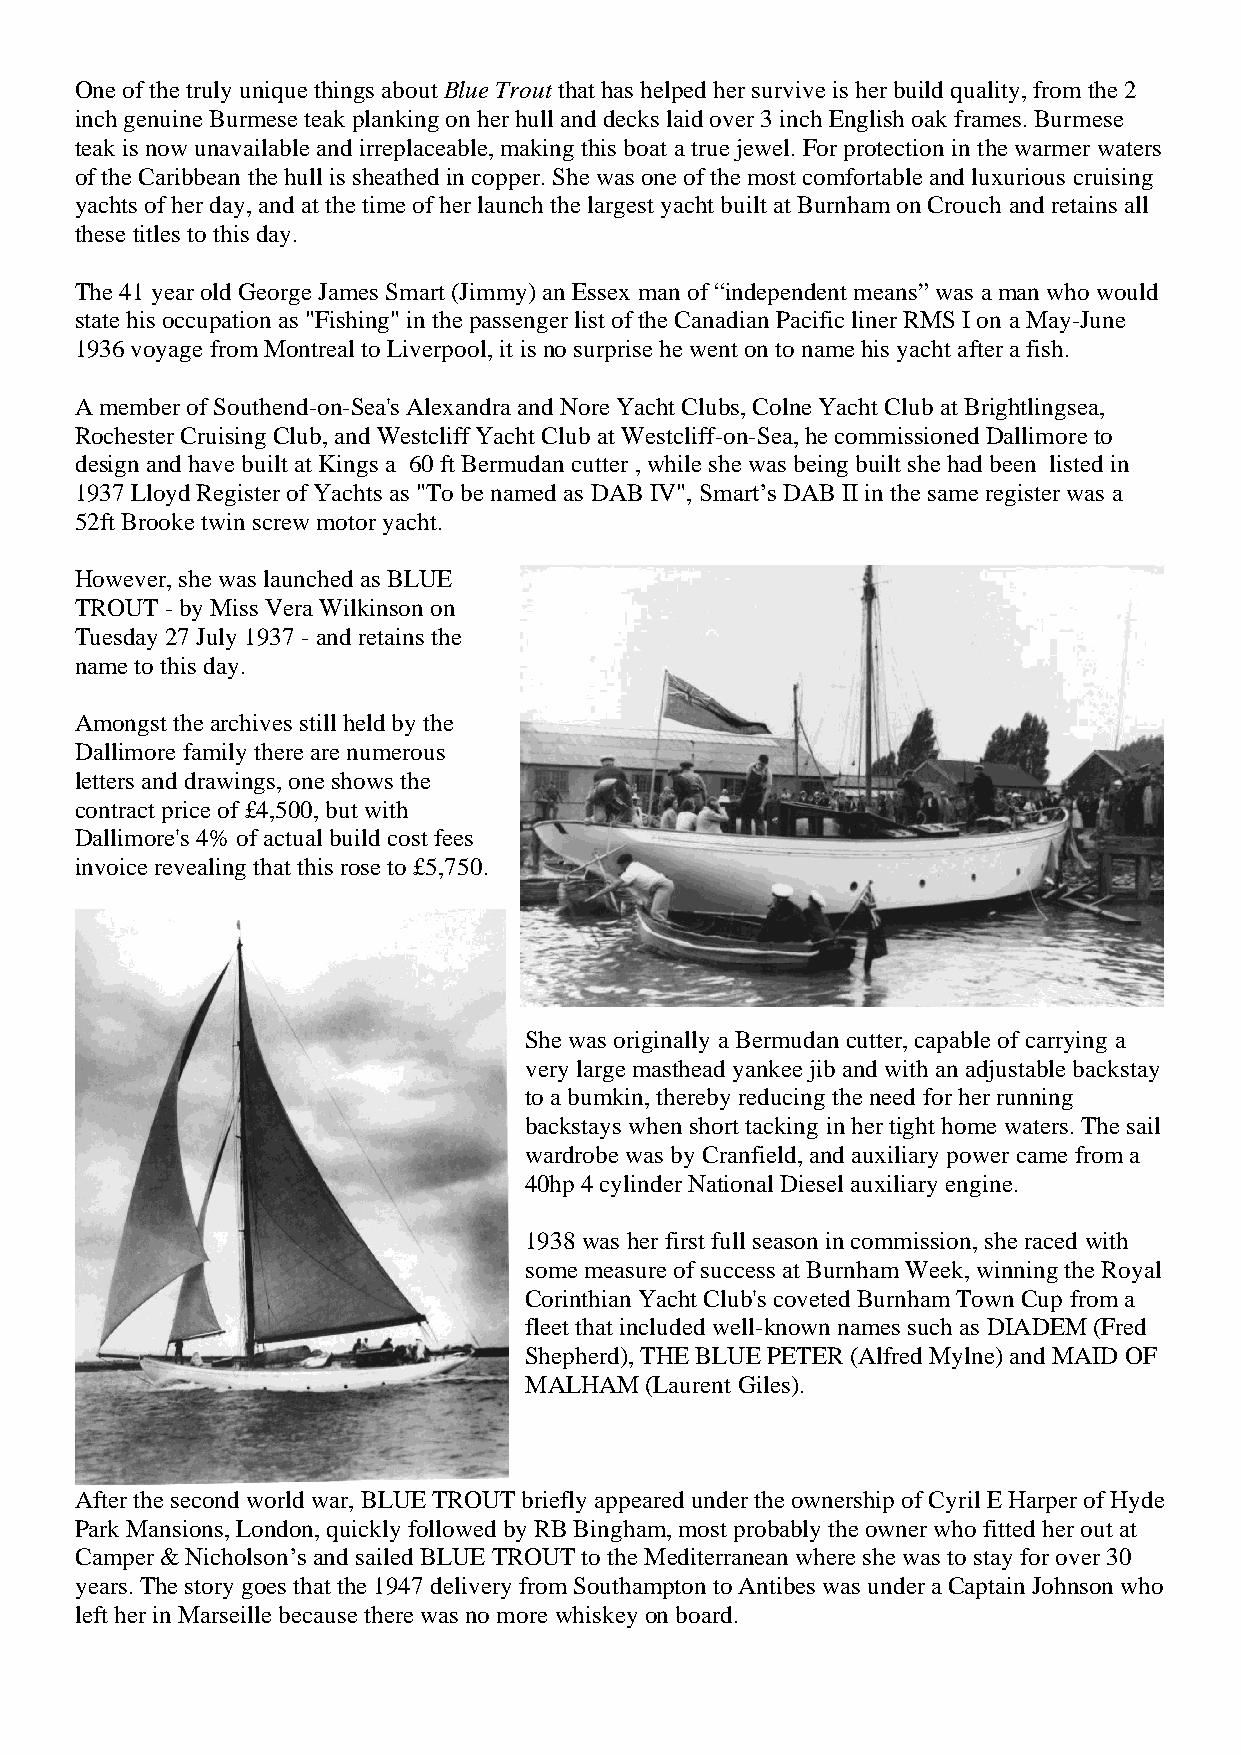
One of the truly unique things about Blue Trout that has helped her survive is her build quality, from the 2
 inch genuine Burmese teak planking on her hull and decks laid over 3 inch English oak frames. Burmese
 teak is now unavailable and irreplaceable, making this boat a true jewel. For protection in the warmer waters
 of the Caribbean the hull is sheathed in copper. She was one of the most comfortable and luxurious cruising
 yachts of her day, and at the time of her launch the largest yacht built at Burnham on Crouch and retains all
 these titles to this day.
 The 41 year old George James Smart (Jimmy) an Essex man of “independent means” was a man who would
 state his occupation as "Fishing" in the passenger list of the Canadian Pacific liner RMS I on a May-June
 1936 voyage from Montreal to Liverpool, it is no surprise he went on to name his yacht after a fish.
 A member of Southend-on-Sea's Alexandra and Nore Yacht Clubs, Colne Yacht Club at Brightlingsea,
 Rochester Cruising Club, and Westcliff Yacht Club at Westcliff-on-Sea, he commissioned Dallimore to
 design and have built at Kings a 60 ft Bermudan cutter , while she was being built she had been listed in
 1937 Lloyd Register of Yachts as "To be named as DAB IV", Smart’s DAB II in the same register was a
 52ft Brooke twin screw motor yacht.
 However, she was launched as BLUE
 TROUT - by Miss Vera Wilkinson on
 Tuesday 27 July 1937 - and retains the
 name to this day.
 Amongst the archives still held by the
 Dallimore family there are numerous
 letters and drawings, one shows the
 contract price of £4,500, but with
 Dallimore's 4% of actual build cost fees
 invoice revealing that this rose to £5,750.
 She was originally a Bermudan cutter, capable of carrying a
 very large masthead yankee jib and with an adjustable backstay
 to a bumkin, thereby reducing the need for her running
 backstays when short tacking in her tight home waters. The sail
 wardrobe was by Cranfield, and auxiliary power came from a
 40hp 4 cylinder National Diesel auxiliary engine.
 1938 was her first full season in commission, she raced with
 some measure of success at Burnham Week, winning the Royal
 Corinthian Yacht Club's coveted Burnham Town Cup from a
 fleet that included well-known names such as DIADEM (Fred
 Shepherd), THE BLUE PETER (Alfred Mylne) and MAID OF
 MALHAM  (Laurent Giles).
 After the second world war, BLUE TROUT briefly appeared under the ownership of Cyril E Harper of Hyde
 Park Mansions, London, quickly followed by RB Bingham, most probably the owner who fitted her out at
 Camper & Nicholson’s and sailed BLUE TROUT to the Mediterranean where she was to stay for over 30
 years. The story goes that the 1947 delivery from Southampton to Antibes was under a Captain Johnson who
 left her in Marseille because there was no more whiskey on board.